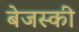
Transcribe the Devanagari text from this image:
बेजस्की